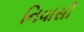
નિવાસી